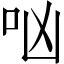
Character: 㕳